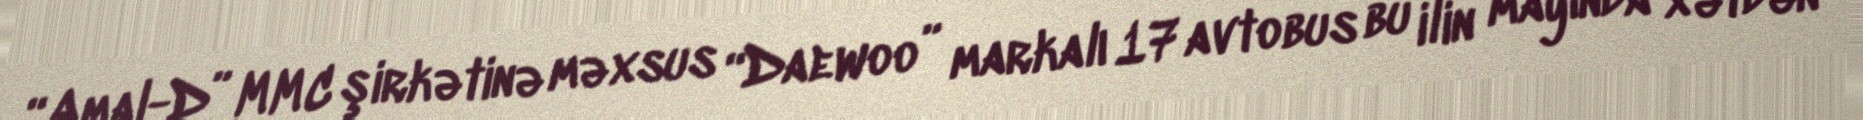
“Amal-D” MMC şirkətinə məxsus “Daewoo” markalı 17 avtobus bu ilin mayında xətdən